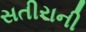
સતીરાની